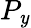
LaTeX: P_{\mathit{y}}